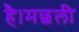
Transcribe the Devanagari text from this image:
है।मछली